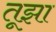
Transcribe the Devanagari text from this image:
तूझा